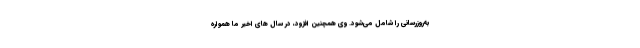
به‌روزرسانی را شامل می‌شود. وی همچنین افزود، در سال های اخیر ما همواره